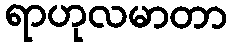
ရာဟုလမာတာ